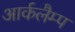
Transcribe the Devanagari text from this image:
आर्कलैम्प